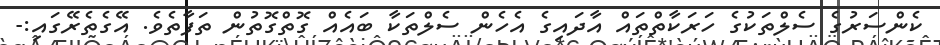
ކެންސަރުގެ ސެލްތަކުގެ ހަރަކާތްތައް އާދައިގެ އެހެން ސެލްތަކާ ބައެއް ގޮތްގޮތުން ތަފާތެވެ. އޭގެތެރޭގައި:-